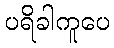
ပရိခါကူပေ